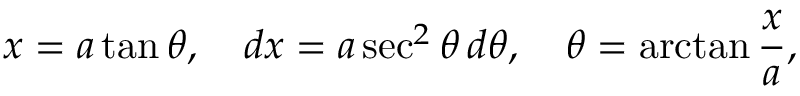
x = a \tan \theta , \quad d x = a \sec ^ { 2 } \theta \, d \theta , \quad \theta = \arctan { \frac { x } { a } } ,